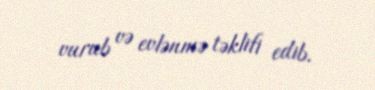
vurub və evlənmə təklifi edib.